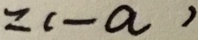
= ( - a )